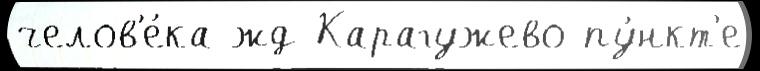
челов'е́ка жд Карагужево пу́нкт'е